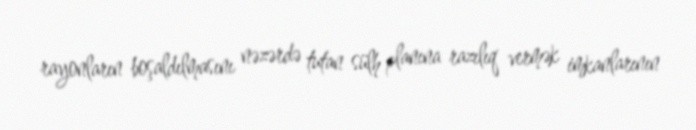
rayonların boşaldılmasını nəzərdə tutan sülh planına razılıq vermək imkanlarının